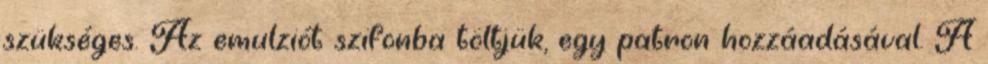
szükséges. Az emulziót szifonba töltjük, egy patron hozzáadásával. A